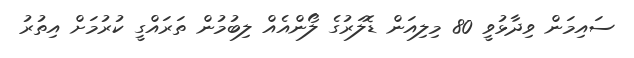
ސައިމަން ވިދާޅުވީ 80 މިލިއަން ޑޮލަރުގެ ލޯންއެއް ލިބުމުން ތަރައްގީ ކުރުމަށް އިތުރު